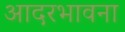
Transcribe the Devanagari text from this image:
आदरभावना